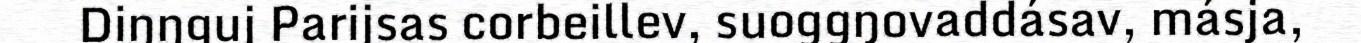
Diŋŋguj Parijsas corbeillev, suoggŋovaddásav, másja,